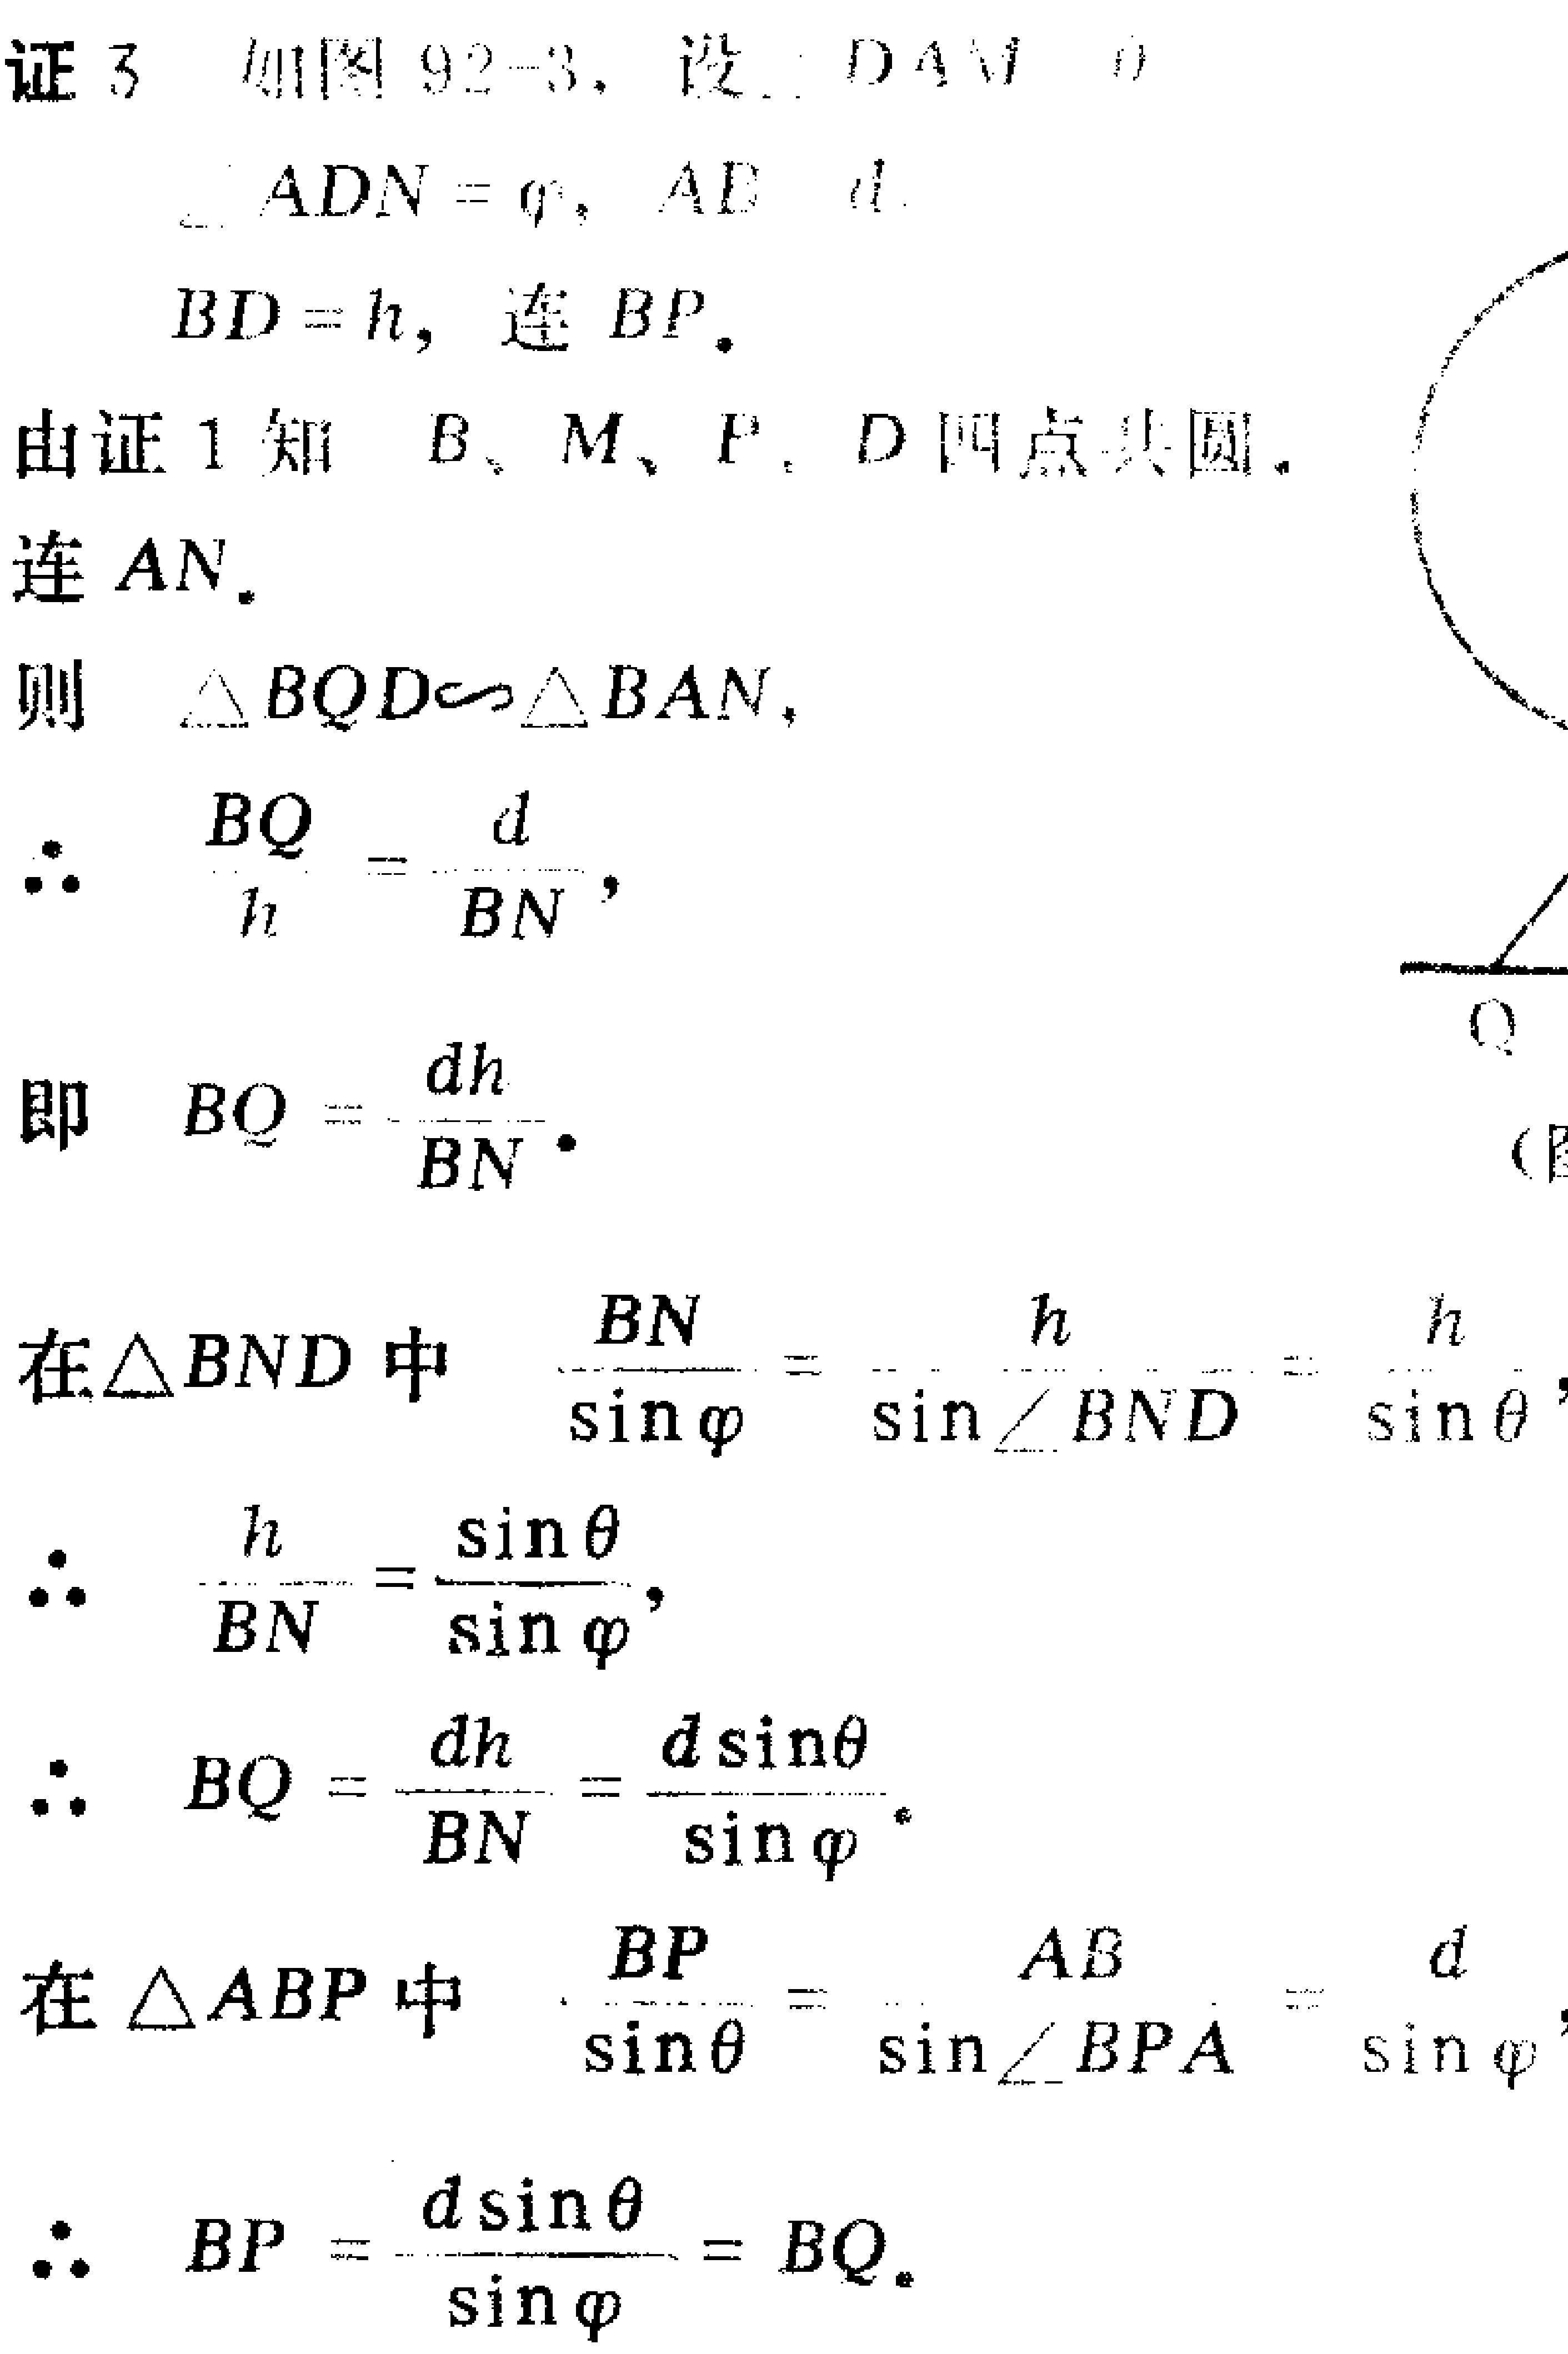
证3 如图92 - 3，设\(\angle DAM = \theta\)，\(\angle ADN=\varphi\)，\(AE = d\)，\(BD = h\)，连\(BP\)。
由证1知 \(B、M、P、D\)四点共圆。
连\(AN\)。
则 \(\triangle BQD\sim\triangle BAN\)，
\(\therefore\) \(\frac{BQ}{h}=\frac{d}{BN}\)，
即 \(BQ=\frac{dh}{BN}\)。
在\(\triangle BND\)中 \(\frac{BN}{\sin\varphi}=\frac{h}{\sin\angle BND}=\frac{h}{\sin\theta}\)，
\(\therefore\) \(\frac{h}{BN}=\frac{\sin\theta}{\sin\varphi}\)，
\(\therefore\) \(BQ = \frac{dh}{BN}=\frac{d\sin\theta}{\sin\varphi}\)。
在\(\triangle ABP\)中 \(\frac{BP}{\sin\theta}=\frac{AB}{\sin\angle BPA}=\frac{d}{\sin\varphi}\)，
\(\therefore\) \(BP=\frac{d\sin\theta}{\sin\varphi}=BQ\)。